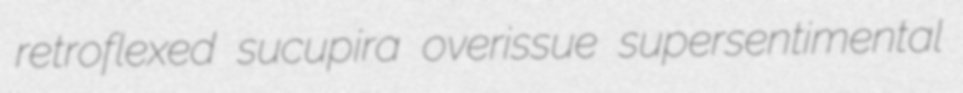
retroflexed sucupira overissue supersentimental